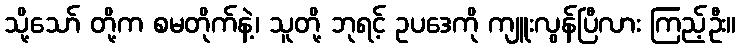
သို့သော် တို့က စမတိုက်နဲ့၊ သူတို့ ဘုရင့် ဥပဒေကို ကျူးလွန်ပြီလား ကြည့်ဦး။